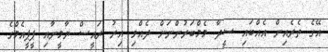
އޭގެ ތެރެއިން އެއްބައި ސީދާ މެމްބަރުންނަށް ދެއްވި އިރު ރައީސް ޔާމީނާއި ޕީޕީއެމްގެ